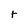
Character: t